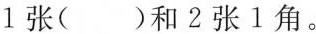
1张( )和2张1角。